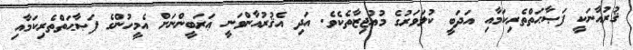
ޤުރުއާނަކީ ފަޞާޙަތްތެރިކަމާއި އަދަބީ ކުލަވަރުގެ މުޢުޖިޒާތެކެވެ. އަދި އެޤުރުއާންވަނީ ޢަރަބީންނަށް އެމީހުންގެ ފަޞާޙަތްތެރިކަމާއި